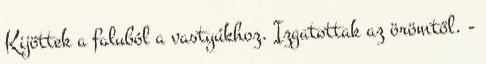
Kijöttek a faluból a vastyúkhoz. Izgatottak az örömtől. -